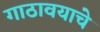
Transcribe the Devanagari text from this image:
गाठावयाचे